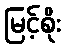
မြင့်စိုး